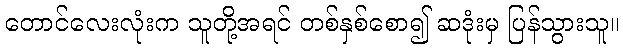
တောင်လေးလုံးက သူတို့အရင် တစ်နှစ်စော၍ ဆဒုံးမှ ပြန်သွားသူ။